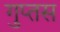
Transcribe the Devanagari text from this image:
गुप्तस